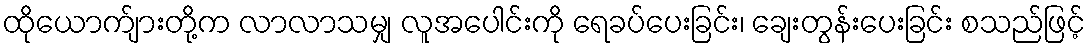
ထိုယောက်ျားတို့က လာလာသမျှ လူအပေါင်းကို ရေခပ်ပေးခြင်း၊ ချေးတွန်းပေးခြင်း စသည်ဖြင့်